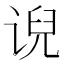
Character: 𰵵